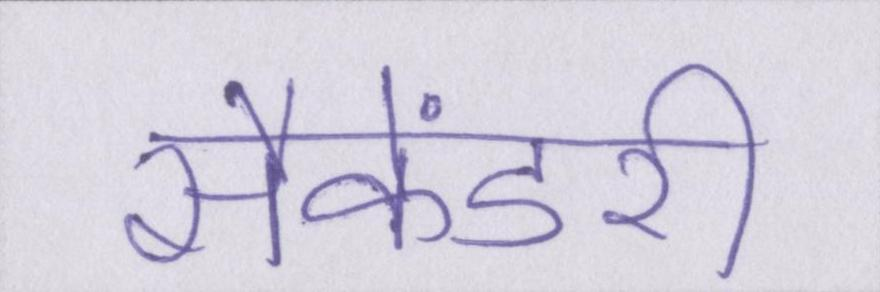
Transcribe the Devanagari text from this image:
सैकेंडरी